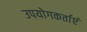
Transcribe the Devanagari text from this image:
उपयोगकर्ताएं